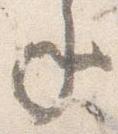
年